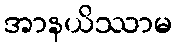
အာနယိဿာမ